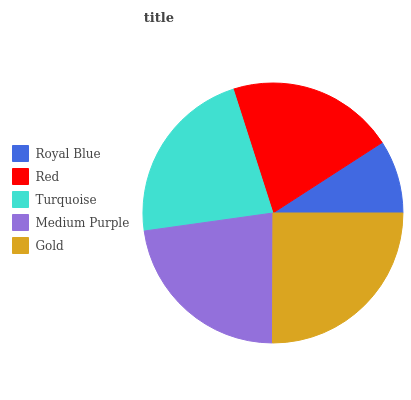
| Royal Blue | Red | Turquoise | Medium Purple | Gold |
 | --- | --- | --- | --- | --- |
 | 9.12% | 20.8% | 22.3% | 22.8% | 25% |